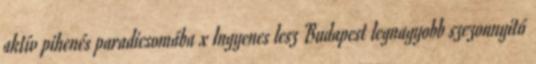
aktív pihenés paradicsomába x Ingyenes lesz Budapest legnagyobb szezonnyitó